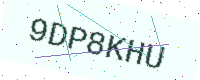
Text: 9DP8KHU